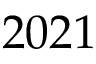
2 0 2 1